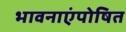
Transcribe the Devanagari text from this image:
भावनाएंपोषित